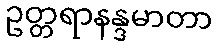
ဥတ္တရာနန္ဒမာတာ